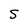
Character: S